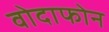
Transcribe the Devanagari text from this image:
वोदाफोन